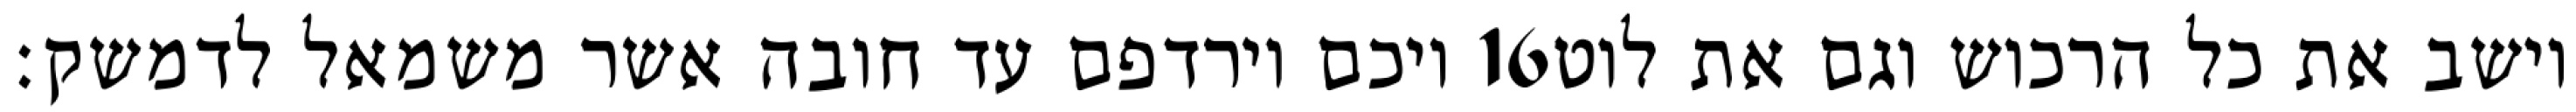
ויכם וירדפם עד חובה אשר משמאל לדמשק׃ ‎16‏ וישב את כל הרכוש וגם את לוט